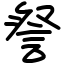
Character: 詧